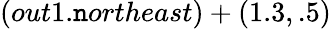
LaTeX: (out1.\mathtt{n}ortheast)+(1.3,.5)